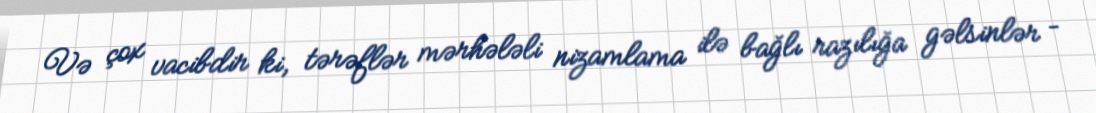
Və çox vacibdir ki, tərəflər mərhələli nizamlama ilə bağlı razılığa gəlsinlər –